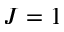
J = 1